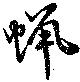
蝋